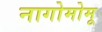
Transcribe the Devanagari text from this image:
नागोमोमू